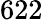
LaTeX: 622